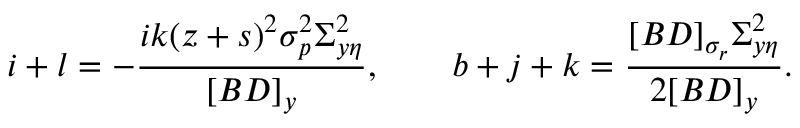
i + l = - \frac { i k ( z + s ) ^ { 2 } \sigma _ { p } ^ { 2 } \Sigma _ { y \eta } ^ { 2 } } { [ B D ] _ { y } } , \qquad b + j + k = \frac { [ B D ] _ { \sigma _ { r } } \Sigma _ { y \eta } ^ { 2 } } { 2 [ B D ] _ { y } } .